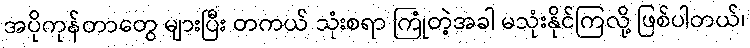
အပိုကုန်တာတွေ များပြီး တကယ် သုံးစရာ ကြုံတဲ့အခါ မသုံးနိုင်ကြလို့ ဖြစ်ပါတယ်၊